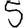
Digit: 5